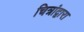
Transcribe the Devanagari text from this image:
चित्रांद्वारा